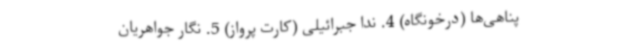
پناهی‌ها (درخونگاه) 4. ندا جبرائیلی (کارت پرواز) 5. نگار جواهریان